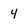
Character: 4